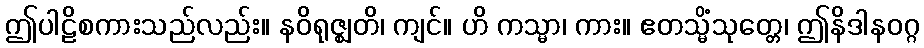
ဤပါဠိစကားသည်လည်း။ နဝိရုဇ္ဈတိ၊ ကျင်။ ဟိ ကသ္မာ၊ ကား။ ဧတသ္မိံသုတ္တေ၊ ဤနိဒါနဝဂ္ဂ